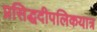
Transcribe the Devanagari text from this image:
प्रसिद्धदीपलिकयात्र